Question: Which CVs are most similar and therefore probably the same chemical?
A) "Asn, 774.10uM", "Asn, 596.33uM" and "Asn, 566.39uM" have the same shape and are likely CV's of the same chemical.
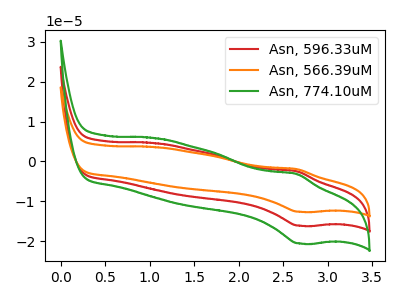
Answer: <think>The red curve "Asn, 596.33uM" has an anodic peak at (2.65V, -2.45uA) and a cathodic peak at (2.70V, -16.15uA). The orange curve "Asn, 566.39uM" has an anodic peak at (2.65V, -4.90uA) and a cathodic peak at (2.70V, -32.25uA). The green curve "Asn, 774.10uM" has an anodic peak at (2.65V, -3.10uA) and a cathodic peak at (2.70V, -20.60uA).
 All the peaks in "Asn, 596.33uM" have a peak in "Asn, 566.39uM" at the same potential. All the peaks in "Asn, 596.33uM" have a peak in "Asn, 774.10uM" at the same potential. All the peaks in "Asn, 566.39uM" have a peak in "Asn, 774.10uM" at the same potential.</think>
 <answer>A) "Asn, 774.10uM", "Asn, 596.33uM" and "Asn, 566.39uM" have the same shape and are likely CV's of the same chemical.</answer>
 <eval>A</eval>